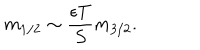
m _ { 1 / 2 } \sim \frac { \epsilon T } { S } m _ { 3 / 2 } .